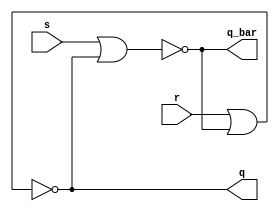
module sr_nor_latch(s, r, q, q_bar);

input s;
input r;

output q;
output q_bar;

reg w_q;
reg w_q_bar;

always @(*) begin
    w_q_bar = ~(s | w_q);
    w_q = ~(r | w_q_bar);
end

assign q = w_q;
assign q_bar = w_q_bar;

endmodule